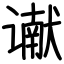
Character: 谳